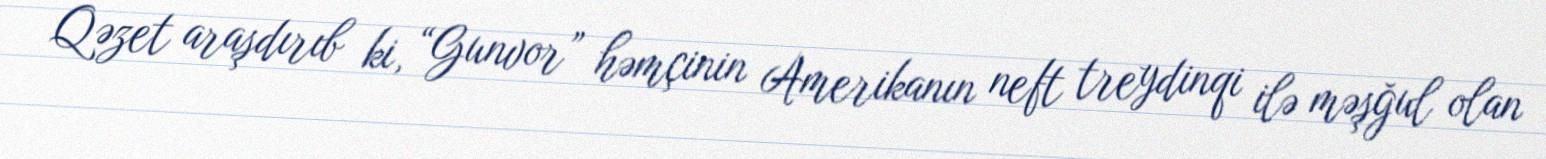
Qəzet araşdırıb ki, “Gunvor” həmçinin Amerikanın neft treydinqi ilə məşğul olan